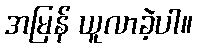
အမြန် ယူလာခဲ့ပါ။